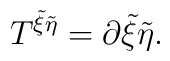
T^{{\tilde \xi}{\tilde \eta}}=\partial{\tilde \xi}{\tilde \eta} .